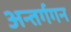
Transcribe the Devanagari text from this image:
अन्तर्गगन